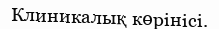
Клиникалық көрінісі.